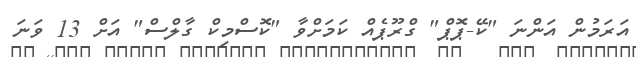
އަރަމުން އަންނަ "ކޭ-ޕޮޕް" ގްރޫޕެއް ކަމަށްވާ "ކޮސްމިކް ގާލްސް" އަށް 13 ވަނަ